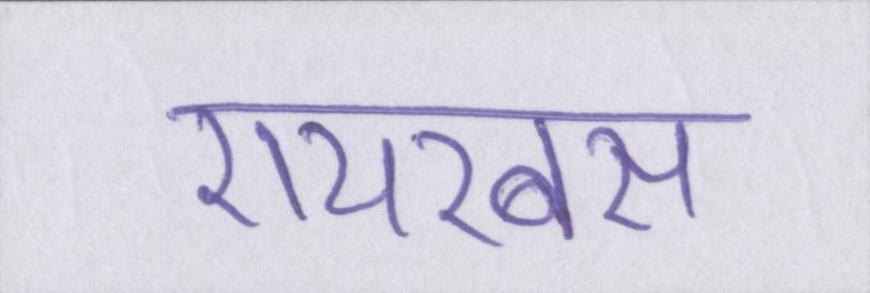
एयरबस